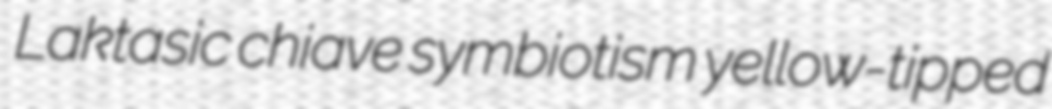
Laktasic chiave symbiotism yellow-tipped